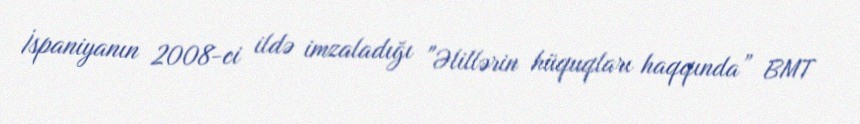
İspaniyanın 2008-ci ildə imzaladığı "Əlillərin hüquqları haqqında” BMT